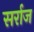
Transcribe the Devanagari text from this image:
सर्राज